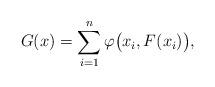
LaTeX: \begin{align*} G(x)=\sum^n_{i=1}\varphi \big(x_i,F(x_i)\big),\end{align*}